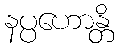
နပ္ပဟောန္တိ